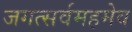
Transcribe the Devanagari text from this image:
जगत्सर्वमहमेव